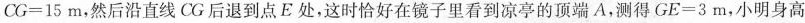
$$CG=15m$$，然后沿直线CG后退到点E处，这时恰好在镜子里看到凉亭的顶端A，测得$$GE=3m$$，小明身高